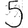
Digit: 5